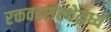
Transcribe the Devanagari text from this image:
रक्तवहसंस्थेमध्ये